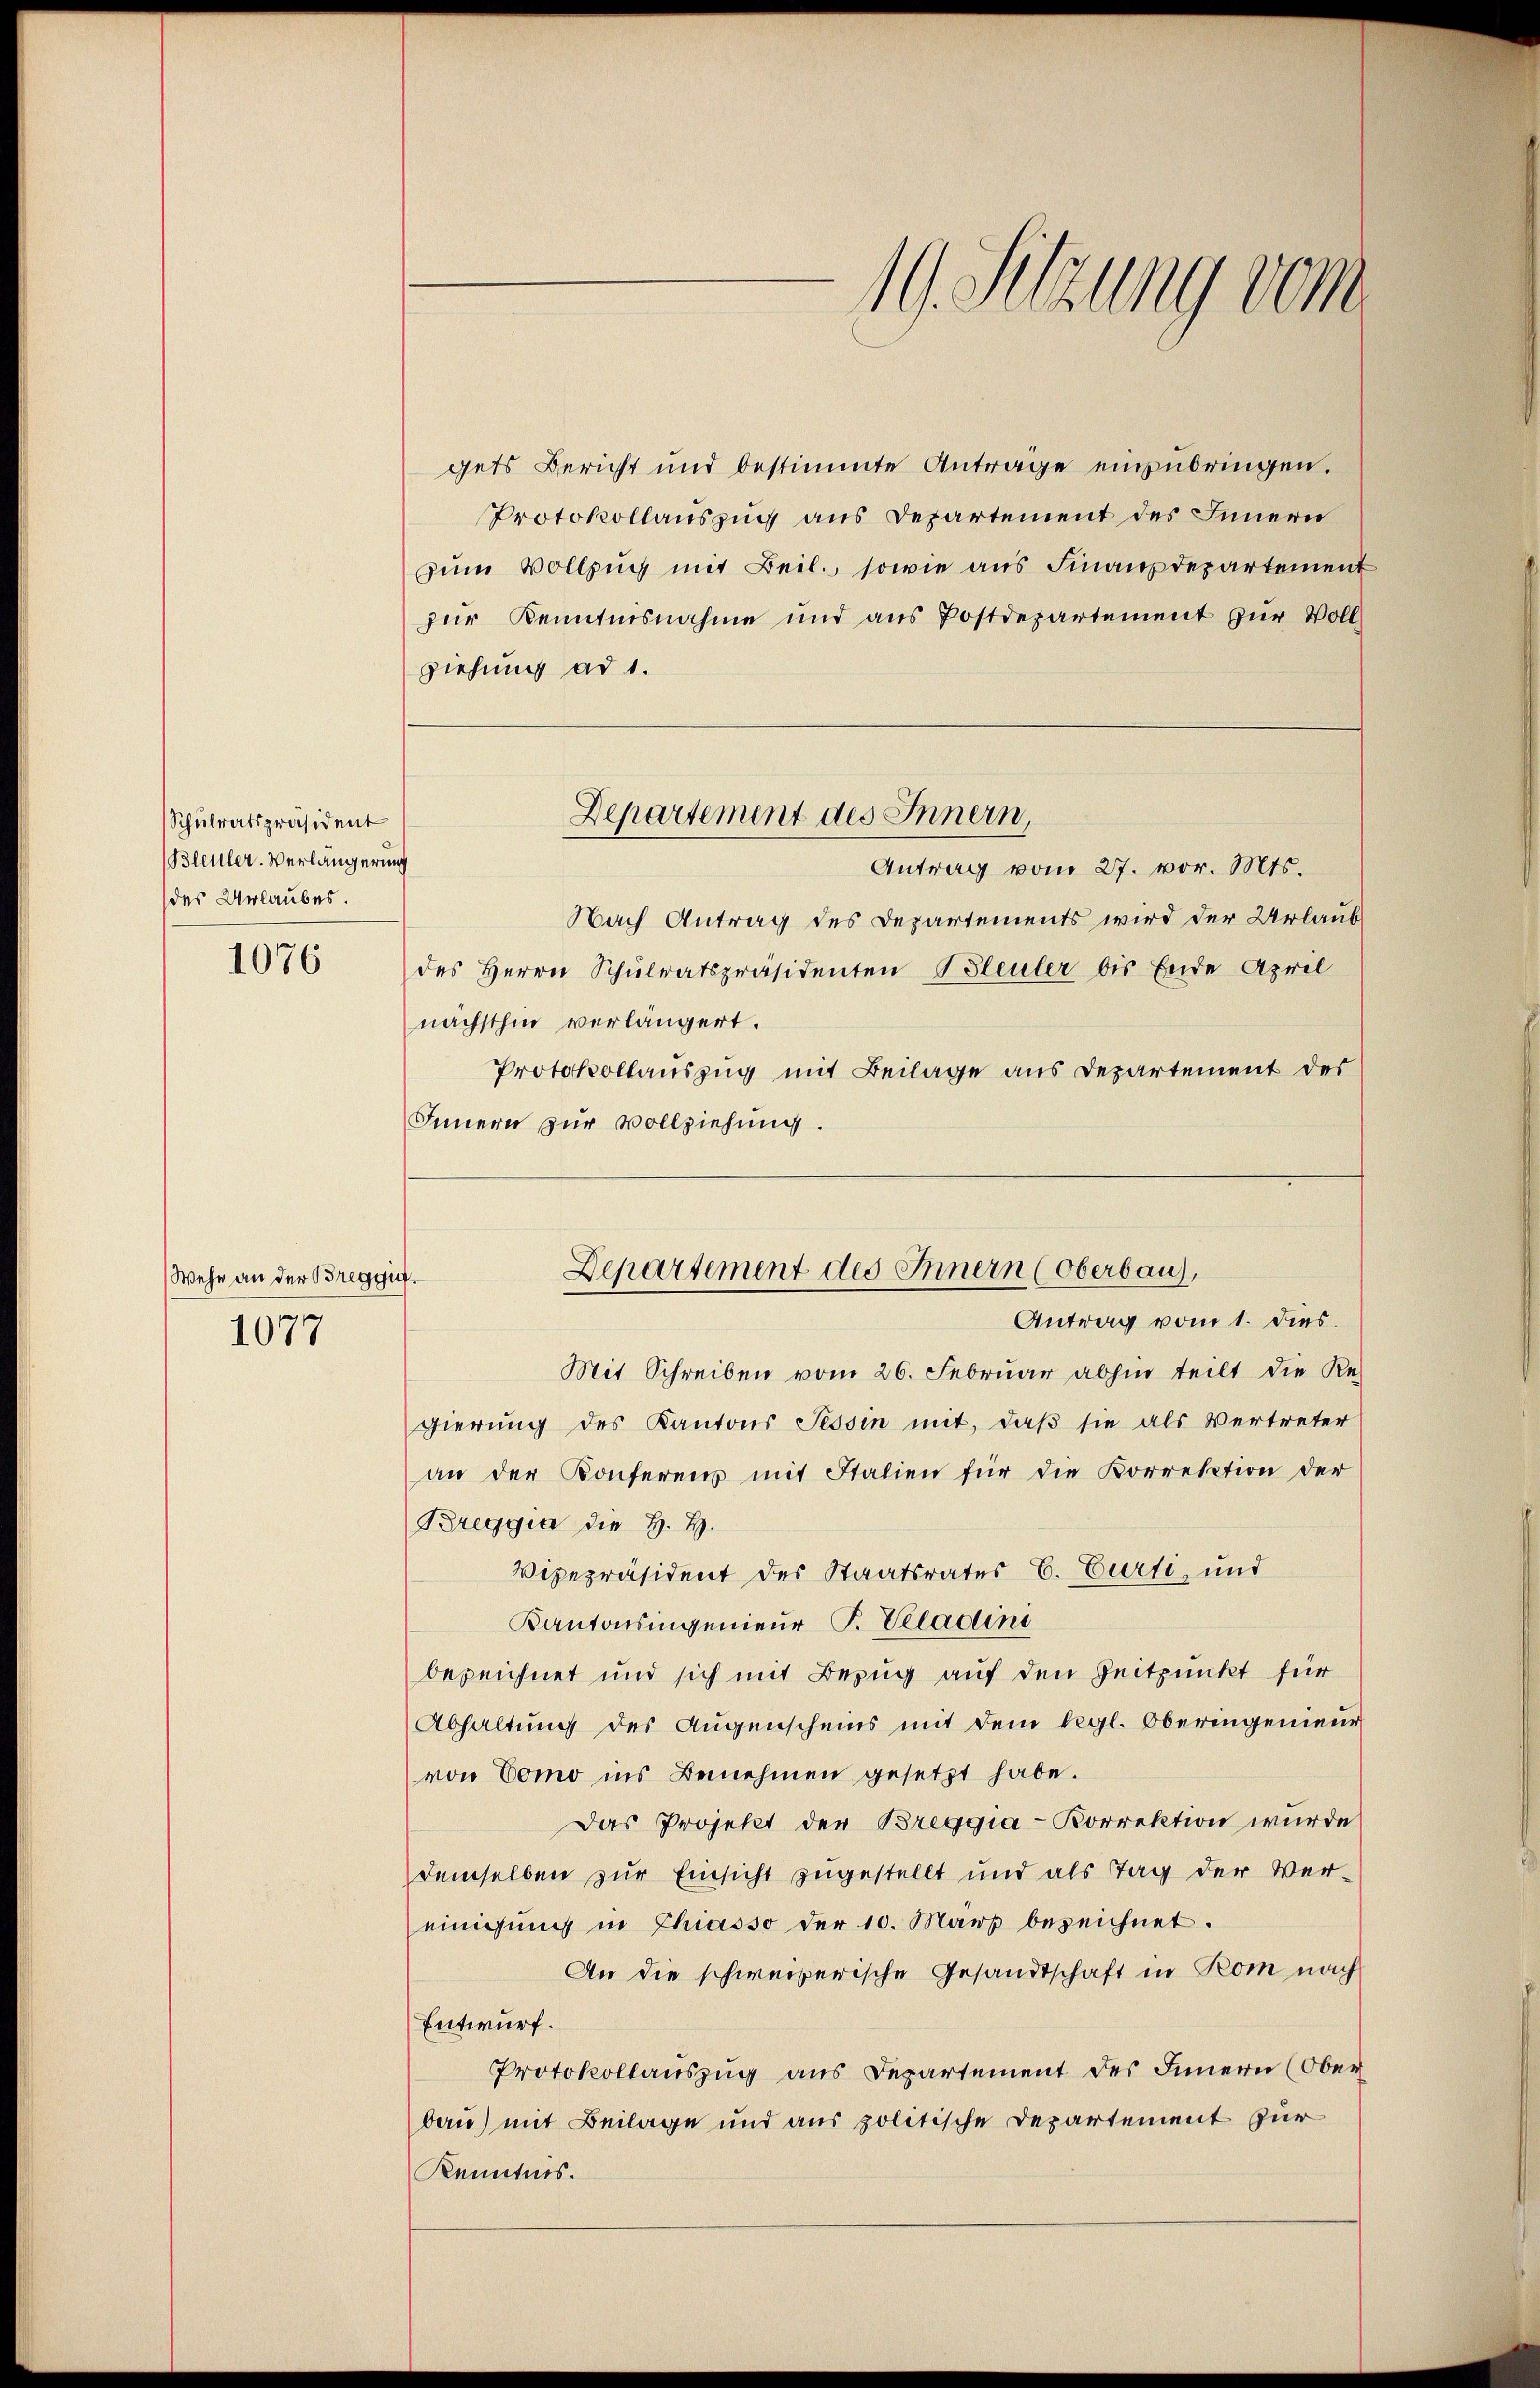
Schulratspräsident
Bleuler. Verlängerung
des Urlaubes.

1076

Wehe an der Breggig.
1077

gets Bericht und bestimmte Anträge einzubringen.
Protokollauszug aus Departement des Innern
zum Vollzug mit Beil., sowie aus Finanzdepartement
zur Kenntnisnahme und ans Postdepartement zŭr Voll-
ziehung ad 1.
Antrag vom 27. vor. Mts.
Nach Antrag des Departements wird der Urlaub
des Herrn Schŭlratspräsidenten Bleuler bis Ende April
nächsthin verlängert.
Protokollauszug mit Beilage aus Departement des
Innern zur Vollziehung.
Mit Schreiben vom 26. Februar abhin teilt die Re-
gierung des Kantons Tessin mit, daß sie als Vertreter
an der Konferens mit Italien für die Korrektion der
Breggia die H. H.
Vizepräsident des Staatsrates E. Curti, und
Kantonsingenieur P. Veladini
bezeichnet und sich mit Bezug auf den Zeitpunkt für
Abhaltung des Augenscheins mit dem begl. Oberingenieur
von Como ins Benehmen gesetzt habe.
Das Projekt der Breggia - Korrektion wurde
demselben zur Einsicht zugestellt und als Tag der Ver-
einigung in Chiasso der 10. März bezeichnet.
An die schweizerische Gesandtschaft in Rom nach
Entwurf.
Protokollauszug aus Departement des Innern (Ober
bau) mit Beilage und aus politische Departement für
Kenntnis.

Departement des Innern,

19. Setzung vom

Departement des Innern (Oberbau,
Antrag vom 1. dies